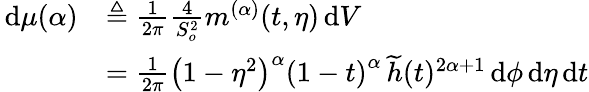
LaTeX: \begin{array}{rl}{\, \mathrm{d}\mu(\alpha)}&{\triangleq\frac{1}{2\pi}\frac{4}{S_{o}^{2}}m^{(\alpha)}(t,\eta)\, \mathrm{d}V}\\ &{=\frac{1}{2\pi}\left(1-\eta^{2}\right)^{\alpha}\left(1-t\right)^{\alpha}\, \widetilde{h}(t)^{2\alpha+1}\, \mathrm{d}\phi\, \mathrm{d}\eta\, \mathrm{d}t}\end{array}